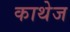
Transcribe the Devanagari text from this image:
काथेज